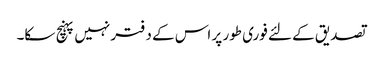
تصدیق کے لئے فوری طور پر اس کے دفتر نہیں پہنچ سکا۔